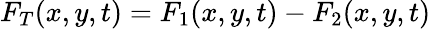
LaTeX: F_{T}(x,y,t)=F_{1}(x,y,t)-F_{2}(x,y,t)